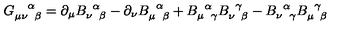
G _ { \mu \nu \phantom { \alpha } \beta } ^ { \phantom { \mu \nu } \alpha } = \partial _ { \mu } B _ { \nu \phantom { \alpha } \beta } ^ { \phantom { \nu } \alpha } - \partial _ { \nu } B _ { \mu \phantom { \alpha } \beta } ^ { \phantom { \mu } \alpha } + B _ { \mu \phantom { \alpha } \gamma } ^ { \phantom { \mu } \alpha } B _ { \nu \phantom { \gamma } \beta } ^ { \phantom { \nu } \gamma } - B _ { \nu \phantom { \alpha } \gamma } ^ { \phantom { \nu } \alpha } B _ { \mu \phantom { \gamma } \beta } ^ { \phantom { \mu } \gamma }